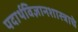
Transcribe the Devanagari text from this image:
पदार्थविज्ञानशास्त्राचे